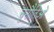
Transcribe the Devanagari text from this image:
चुनौतिओं